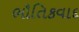
ભૌતિકવાદ